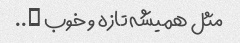
مثل همیشه تازه و خوب …..